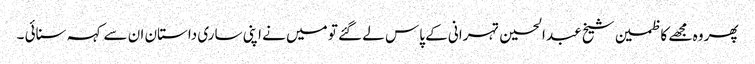
پھر وہ مجھے کاظمین شیخ عبد الحسین تہرانی کے پاس لے گئے تو میں نے اپنی ساری داستان ان سے کہہ سنائی ۔